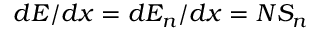
d E / d x = d E _ { n } / d x = N S _ { n }